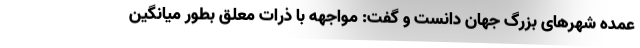
عمده شهرهای بزرگ جهان دانست و گفت: مواجهه با ذرات معلق بطور میانگین